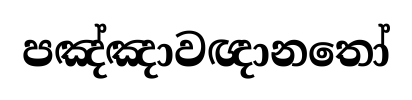
පඤ්ඤාවඥානතෝ